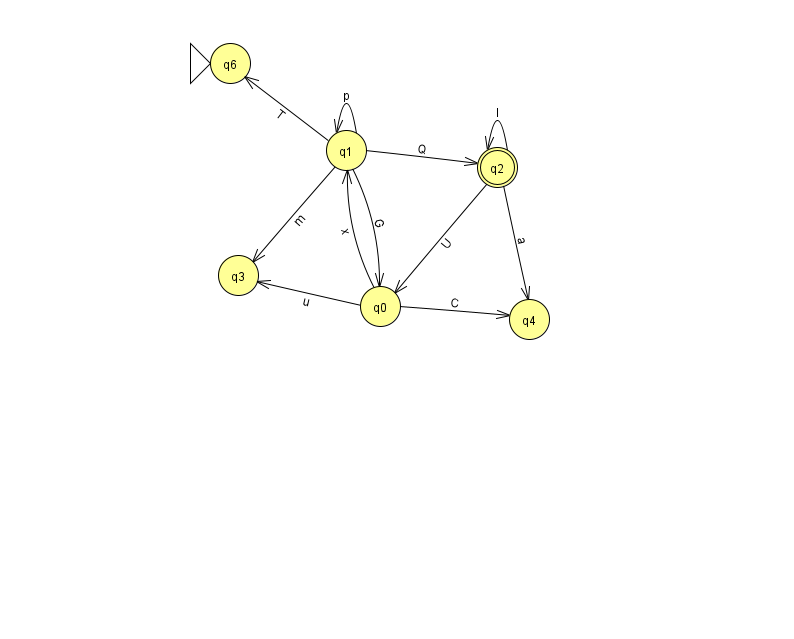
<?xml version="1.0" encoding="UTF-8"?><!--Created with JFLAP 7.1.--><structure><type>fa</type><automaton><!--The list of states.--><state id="0" name="q0"><x>380.0</x><y>293.0</y></state><state id="1" name="q1"><x>346.0</x><y>137.0</y></state><state id="2" name="q2"><x>497.0</x><y>154.0</y><final/></state><state id="3" name="q3"><x>238.0</x><y>262.0</y></state><state id="4" name="q4"><x>529.0</x><y>306.0</y></state><state id="6" name="q6"><x>230.0</x><y>50.0</y><initial/></state><!--The list of transitions.--><transition><from>1</from><to>1</to><read>p</read></transition><transition><from>1</from><to>3</to><read>m</read></transition><transition><from>2</from><to>4</to><read>a</read></transition><transition><from>0</from><to>1</to><read>x</read></transition><transition><from>1</from><to>2</to><read>Q</read></transition><transition><from>0</from><to>3</to><read>u</read></transition><transition><from>0</from><to>4</to><read>C</read></transition><transition><from>1</from><to>0</to><read>G</read></transition><transition><from>2</from><to>2</to><read>l</read></transition><transition><from>1</from><to>6</to><read>T</read></transition><transition><from>2</from><to>0</to><read>U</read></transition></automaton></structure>